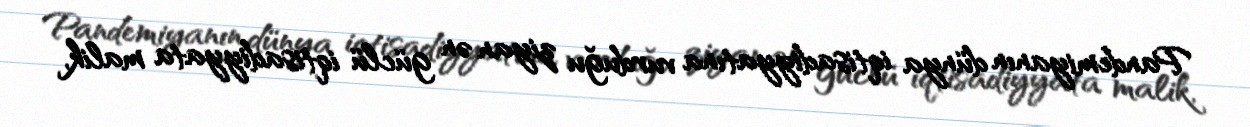
Pandemiyanın dünya iqtisadiyyatına vurduğu ziyan ən güclü iqtisadiyyata malik,